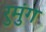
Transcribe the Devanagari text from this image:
रुमुंग